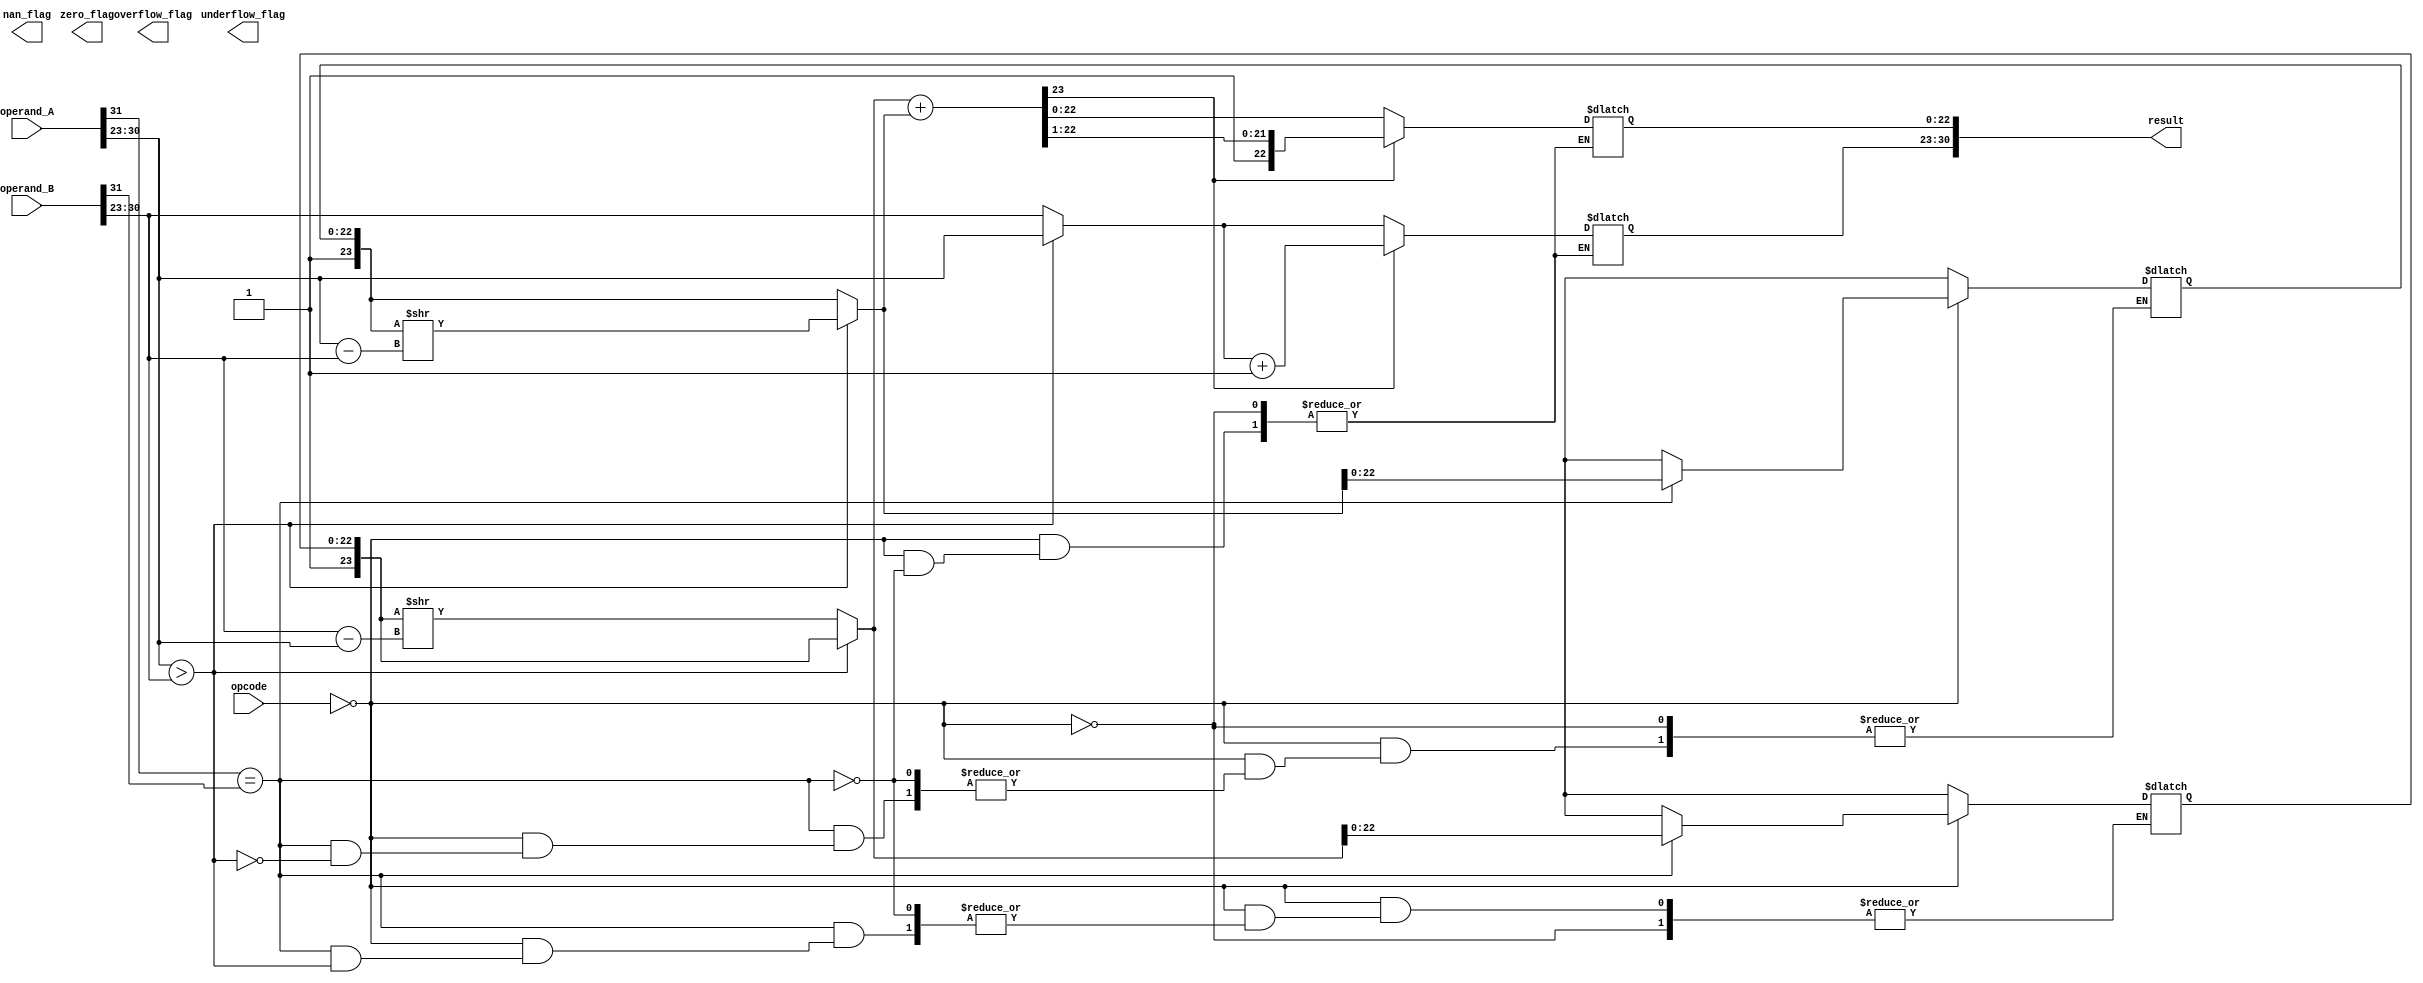
module FloatingPointALU (
    input wire [31:0] operand_A,
    input wire [31:0] operand_B,
    input wire [2:0] opcode,
    output reg [31:0] result,
    output reg zero_flag,
    output reg overflow_flag,
    output reg underflow_flag,
    output reg nan_flag
);

// Define IEEE 754 standard parameters
parameter MANTISSA_WIDTH = 23;
parameter EXPONENT_WIDTH = 8;
parameter BIAS = 127;

// Define control signals for selecting operation
localparam ADD_OPCODE = 3'b000;
localparam SUB_OPCODE = 3'b001;
localparam MUL_OPCODE = 3'b010;
localparam DIV_OPCODE = 3'b011;

// Internal signals for intermediate computations
reg [31:0] mantissa_A, mantissa_B, mantissa_result;
reg [7:0] exponent_A, exponent_B, exponent_result;
reg sign_A, sign_B, sign_result;

// Extract sign, exponent, and mantissa from input operands
assign sign_A = operand_A[31];
assign sign_B = operand_B[31];
assign exponent_A = operand_A[30:23];
assign exponent_B = operand_B[30:23];
assign mantissa_A = {1'b1, operand_A[22:0]};
assign mantissa_B = {1'b1, operand_B[22:0]};

// Floating point adder
always @(*) begin
    case(opcode)
        ADD_OPCODE: begin
            if(sign_A == sign_B) begin
                // Perform addition
                if(exponent_A > exponent_B) begin
                    exponent_result = exponent_A;
                    mantissa_B = mantissa_B >> (exponent_A - exponent_B);
                end else begin
                    exponent_result = exponent_B;
                    mantissa_A = mantissa_A >> (exponent_B - exponent_A);
                end
                mantissa_result = mantissa_A + mantissa_B;
                if(mantissa_result[MANTISSA_WIDTH]) begin
                    mantissa_result = mantissa_result >> 1;
                    exponent_result = exponent_result + 1;
                end
            end else begin
                // Perform subtraction
                // To be implemented
            end
        end
        // Other operations to be implemented
    endcase
end

// Output result
always @(*) begin
    result = {sign_result, exponent_result, mantissa_result[MANTISSA_WIDTH-1:0]};
end

// Implement other arithmetic operations (subtraction, multiplication, division) similarly

// Handle exceptions

endmodule